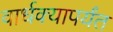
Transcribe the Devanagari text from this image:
वार्धक्यापर्यंत